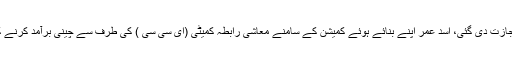
عمران خان کی صدارت میں برآمد کی اجازت دی گئی، اسد عمر اپنے بنائے ہوئے کمیشن کے سامنے معاشی رابطہ کمیٹی (ای سی سی ) کی طرف سے چینی برآمد کرنے کی اجازت دینے کا دفاع نہیں کر سکے۔